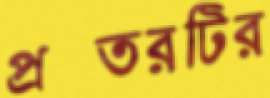
প্রস্তরটির